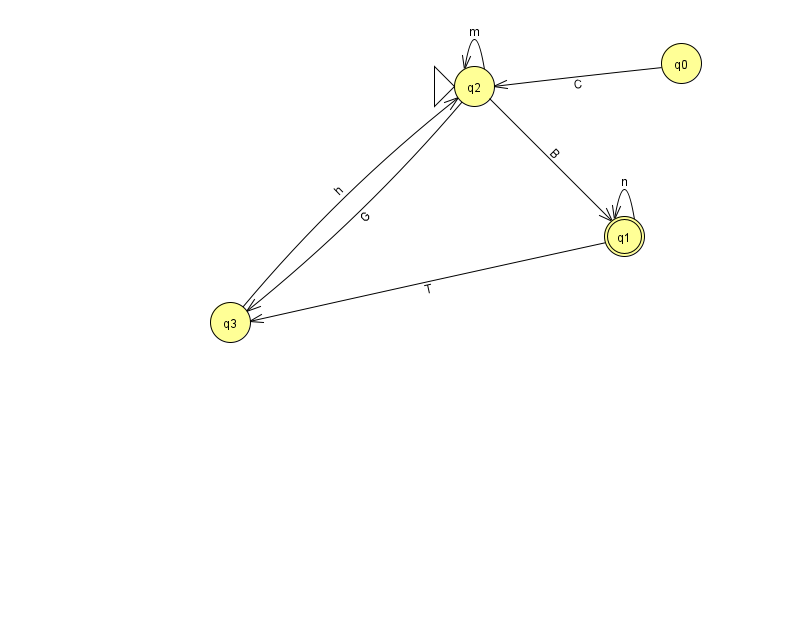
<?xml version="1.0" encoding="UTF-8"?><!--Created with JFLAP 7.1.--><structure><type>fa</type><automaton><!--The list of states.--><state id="0" name="q0"><x>681.0</x><y>50.0</y></state><state id="1" name="q1"><x>624.0</x><y>223.0</y><final/></state><state id="2" name="q2"><x>474.0</x><y>73.0</y><initial/></state><state id="3" name="q3"><x>230.0</x><y>309.0</y></state><!--The list of transitions.--><transition><from>3</from><to>2</to><read>h</read></transition><transition><from>1</from><to>3</to><read>T</read></transition><transition><from>0</from><to>2</to><read>C</read></transition><transition><from>2</from><to>3</to><read>G</read></transition><transition><from>2</from><to>1</to><read>B</read></transition><transition><from>2</from><to>2</to><read>m</read></transition><transition><from>1</from><to>1</to><read>n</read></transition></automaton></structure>